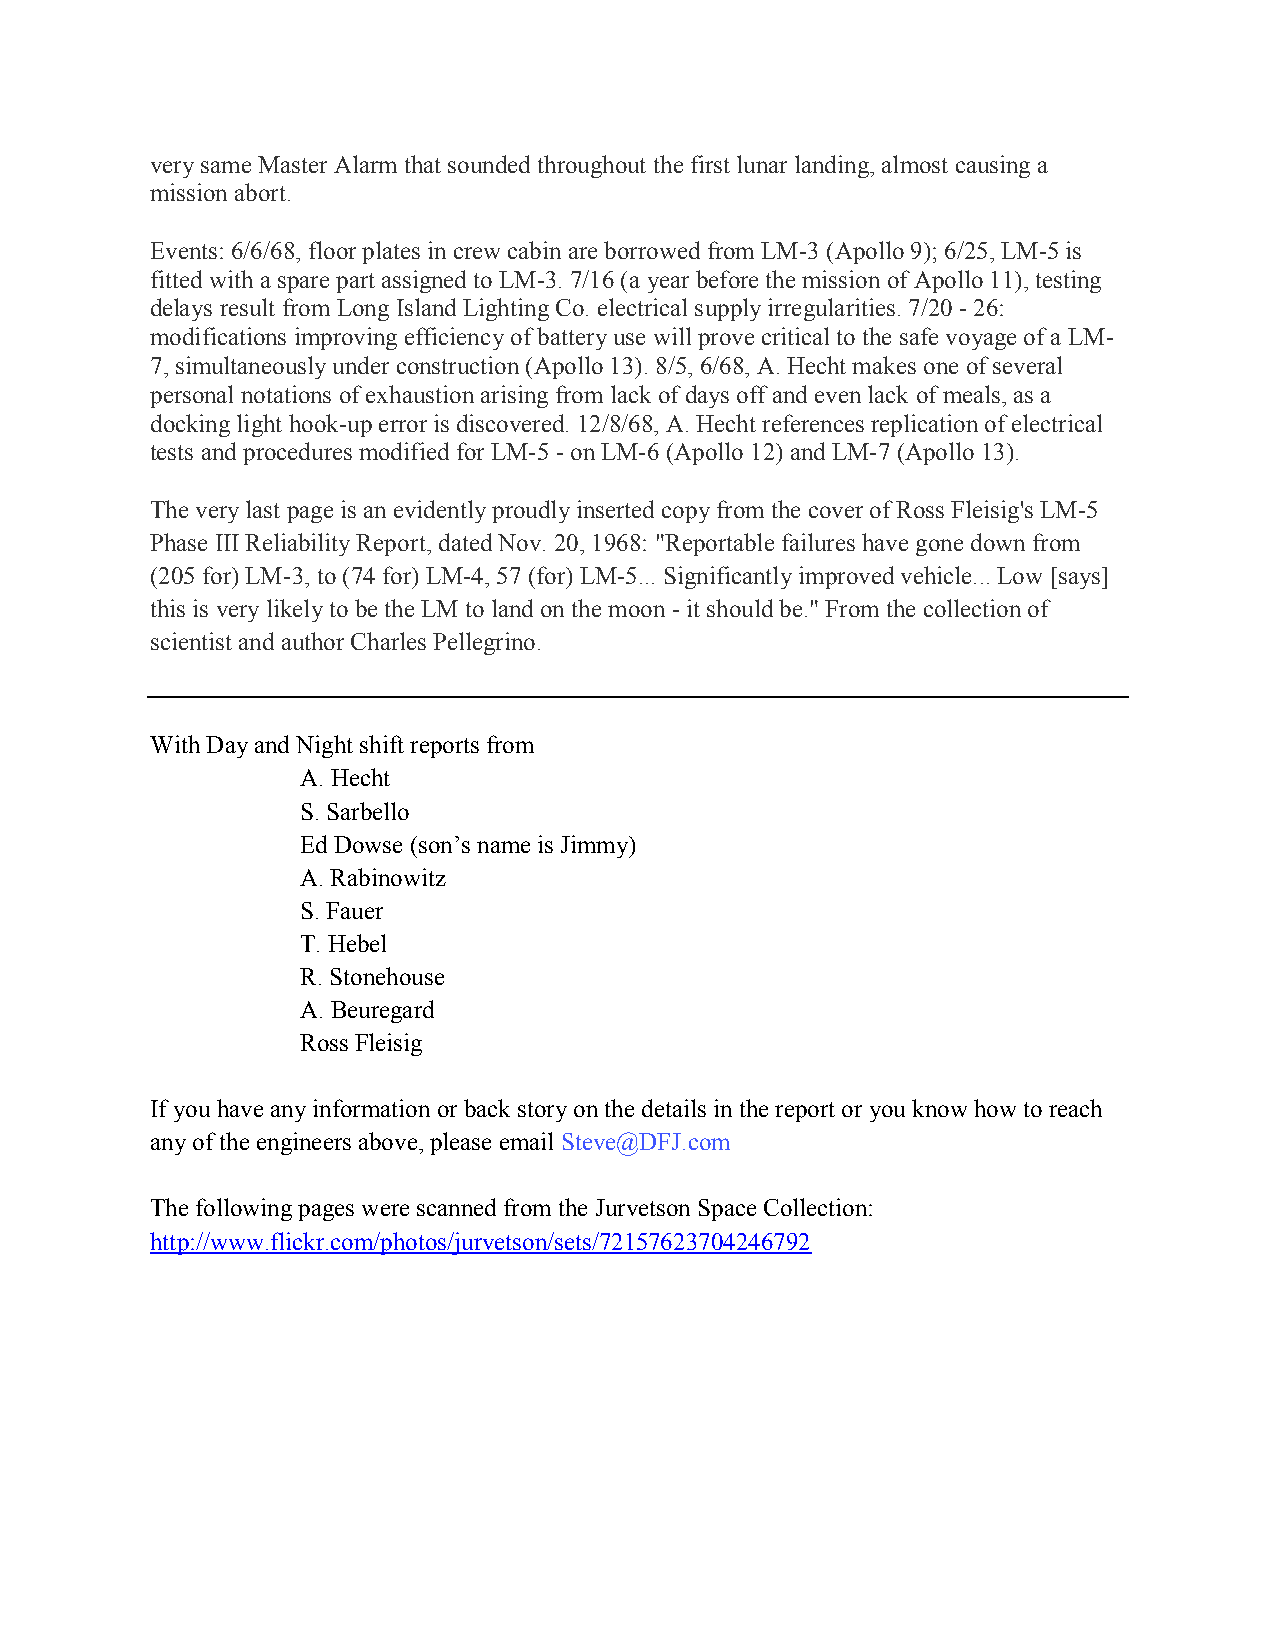
very same Master Alarm that sounded throughout the first lunar landing, almost causing a
 mission abort.
 Events: 6/6/68, floor plates in crew cabin are borrowed from LM-3 (Apollo 9); 6/25, LM-5 is
 fitted with a spare part assigned to LM-3. 7/16 (a year before the mission of Apollo 11), testing
 delays result from Long Island Lighting Co. electrical supply irregularities. 7/20 - 26:
 modifications improving efficiency of battery use will prove critical to the safe voyage of a LM-
 7, simultaneously under construction (Apollo 13). 8/5, 6/68, A. Hecht makes one of several
 personal notations of exhaustion arising from lack of days off and even lack of meals, as a
 docking light hook-up error is discovered. 12/8/68, A. Hecht references replication of electrical
 tests and procedures modified for LM-5 - on LM-6 (Apollo 12) and LM-7 (Apollo 13).
 The very last page is an evidently proudly inserted copy from the cover of Ross Fleisig's LM-5
 Phase III Reliability Report, dated Nov. 20, 1968: "Reportable failures have gone down from
 (205 for) LM-3, to (74 for) LM-4, 57 (for) LM-5... Significantly improved vehicle... Low [says]
 this is very likely to be the LM to land on the moon - it should be." From the collection of
 scientist and author Charles Pellegrino.
 With Day and Night shift reports from
 A. Hecht
 S. Sarbello
 Ed Dowse (son’s name is Jimmy)
 A. Rabinowitz
 S. Fauer
 T. Hebel
 R. Stonehouse
 A. Beuregard
 Ross Fleisig
 If you have any information or back story on the details in the report or you know how to reach
 any of the engineers above, please email Steve@DFJ.com
 The following pages were scanned from the Jurvetson Space Collection:
 http://www.flickr.com/photos/jurvetson/sets/72157623704246792